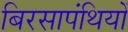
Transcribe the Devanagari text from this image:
बिरसापंथियों